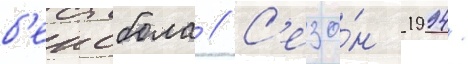
б'еисбола // С'езо́н 1994/